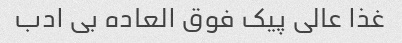
غذا عالی پیک فوق العاده بی ادب